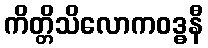
ကိတ္တိသိလောကဝဒ္ဓနီ